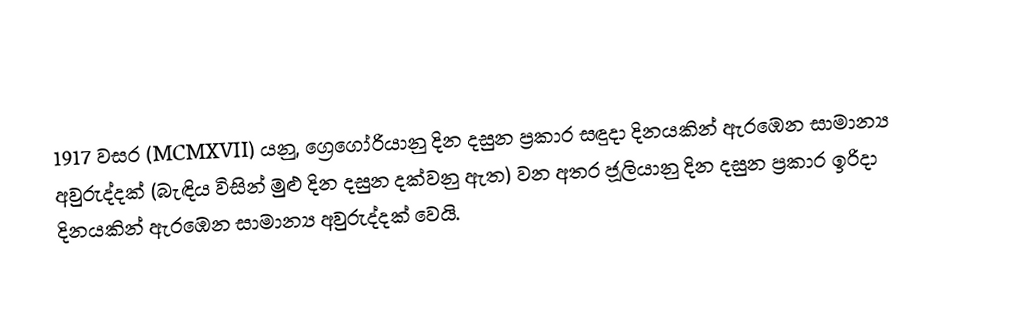

1917 වසර (MCMXVII) යනු, ග්‍රෙගෝරියානු දින දසුන ප්‍රකාර   සඳුදා දිනයකින් ඇරඹෙන සාමාන්‍ය අවුරුද්දක් (බැඳිය විසින් මුළු දින දසුන දක්වනු ඇත) වන අතර ජූලියානු දින දසුන ප්‍රකාර ඉරිදා දිනයකින් ඇරඹෙන සාමාන්‍ය අවුරුද්දක් වෙයි.